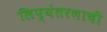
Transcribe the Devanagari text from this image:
लिप्यंतरणाची